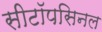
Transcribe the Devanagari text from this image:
सीटॉपसिनल